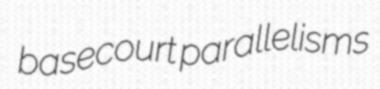
basecourt parallelisms